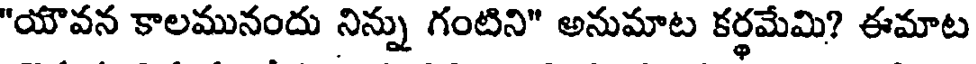
"యౌవన కాలమునందు నిన్ను గంటిని" అనుమాట కర్థమేమి? ఈమాట